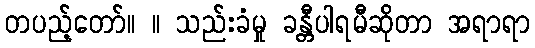
တပည့်တော်။ ။ သည်းခံမှု ခန္တီပါရမီဆိုတာ အရာရာ